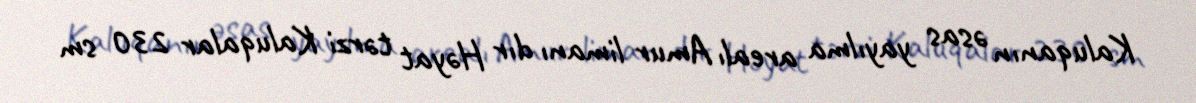
Kaluqanın əsas yayılma arealı Amur limanı dır Həyat tərzi Kaluqalar 230 sm